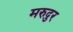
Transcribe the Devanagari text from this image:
मरुदुर